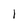
Character: l